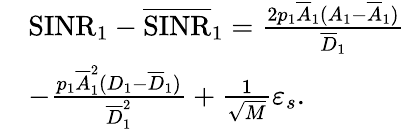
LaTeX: \begin{array}{rl}&{\mathrm{SINR}_{1}-\overline{{\mathrm{SINR}}}_{1}=\frac{2p_{1}\overline{{A}}_{1}(A_{1}-\overline{{A}}_{1})}{\overline{{D}}_{1}}}\\ &{-\frac{p_{1}\overline{{A}}_{1}^{2}(D_{1}-\overline{{D}}_{1})}{\overline{{D}}_{1}^{2}}+\frac{1}{\sqrt{M}}\varepsilon_{s}.}\end{array}